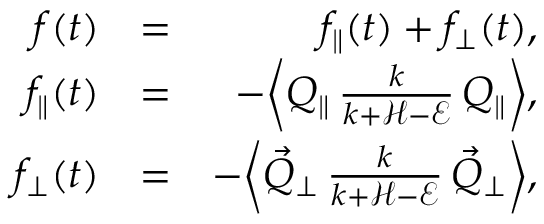
\begin{array} { r l r } { f ( t ) } & { = } & { f _ { \parallel } ( t ) + f _ { \perp } ( t ) , } \\ { f _ { \parallel } ( t ) } & { = } & { - \biggl \langle Q _ { \parallel } \, \frac { k } { k + \mathcal { H } - \mathcal { E } } \, Q _ { \parallel } \biggr \rangle , } \\ { f _ { \perp } ( t ) } & { = } & { - \biggl \langle \vec { Q } _ { \perp } \, \frac { k } { k + \mathcal { H } - \mathcal { E } } \, \vec { Q } _ { \perp } \biggr \rangle , } \end{array}